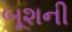
બૂશની